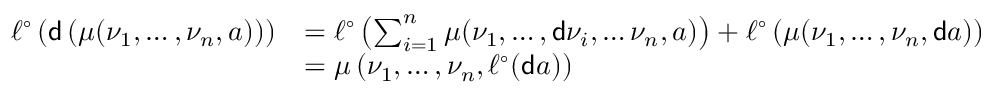
\begin{array} { r l } { \ell ^ { \circ } \left( \mathsf { d } \left( \mu ( { \nu _ { 1 } } , \hdots , { \nu _ { n } } , a ) \right) \right) } & { = \ell ^ { \circ } \left( \sum _ { i = 1 } ^ { n } \mu ( { \nu _ { 1 } } , \hdots , \mathsf d \nu _ { i } , \hdots { \nu _ { n } } , a ) \right) + \ell ^ { \circ } \left( \mu ( { \nu _ { 1 } } , \hdots , { \nu _ { n } } , \mathsf d a ) \right) } \\ & { = \mu \left( { \nu _ { 1 } } , \hdots , { \nu _ { n } } , \ell ^ { \circ } ( \mathsf d a ) \right) } \end{array}